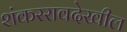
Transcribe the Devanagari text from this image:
शंकररावदेखील